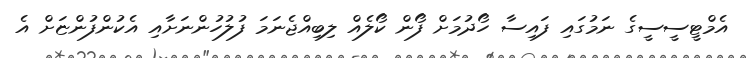
އެމްޓީސީސީގެ ނަމުގައި ފައިސާ ހޯދުމަށް ފޯން ކޯލެއް ލިބިއްޖެނަމަ ފުލުހުންނަށާއި އެކުންފުންޏަށް އެ